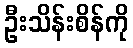
ဦးသိန်းစိန်ကို